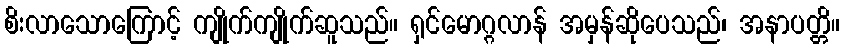
စိးလာသောကြောင့် ကျိုက်ကျိုက်ဆူသည်။ ရှင်မောဂ္ဂလာန် အမှန်ဆိုပေသည်၊ အနာပတ္တိ။